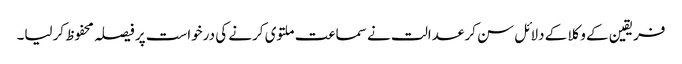
فریقین کے وکلا کے دلائل سن کر عدالت نے سماعت ملتوی کرنے کی درخواست پر فیصلہ محفوظ کرلیا۔